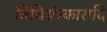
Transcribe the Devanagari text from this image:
विधिसंस्कारादि